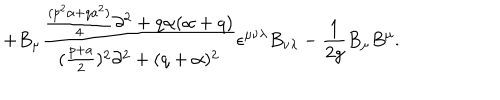
LaTeX: + B _ { \mu } { \frac { { \frac { ( p ^ { 2 } \alpha + q a ^ { 2 } ) } { 4 } } \partial ^ { 2 } + q \alpha ( \alpha + q ) } { ( { \frac { p + a } { 2 } } ) ^ { 2 } \partial ^ { 2 } + ( q + \alpha ) ^ { 2 } } } \epsilon ^ { \mu \nu \lambda } B _ { \nu \lambda } - { \frac { 1 } { 2 g } } B _ { \mu } B ^ { \mu } .